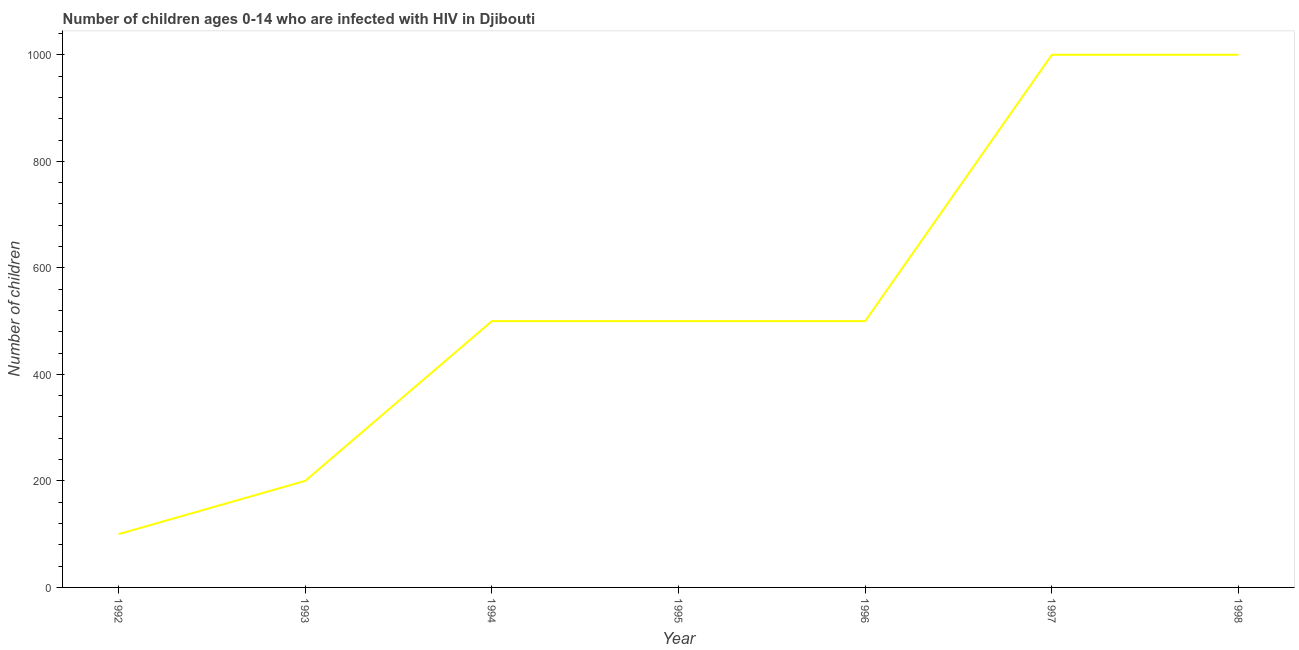
| Year | Children (0-14) living with HIV |
 | --- | --- |
 | 1992 | 100 |
 | 1993 | 200 |
 | 1994 | 500 |
 | 1995 | 500 |
 | 1996 | 500 |
 | 1997 | 1e+03 |
 | 1998 | 1e+03 |